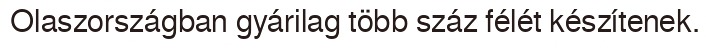
Olaszországban gyárilag több száz félét készítenek.